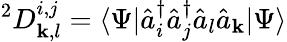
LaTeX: ^{2}D_{\mathbf{k},l}^{i,j}=\langle\Psi|{\hat{{a}}}_{i}^{\dagger}{\hat{{a}}}_{j}^{\dagger}{\hat{{a}}}_{l}{\hat{{a}}}_{\mathbf{k}}|\Psi\rangle